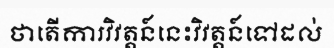
ថាតើការវិវត្តន៍នេះវិវត្តន៍ទៅដល់